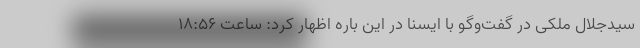
سیدجلال ملکی در گفت‌وگو با ایسنا در این باره اظهار کرد: ساعت ١٨:۵۶